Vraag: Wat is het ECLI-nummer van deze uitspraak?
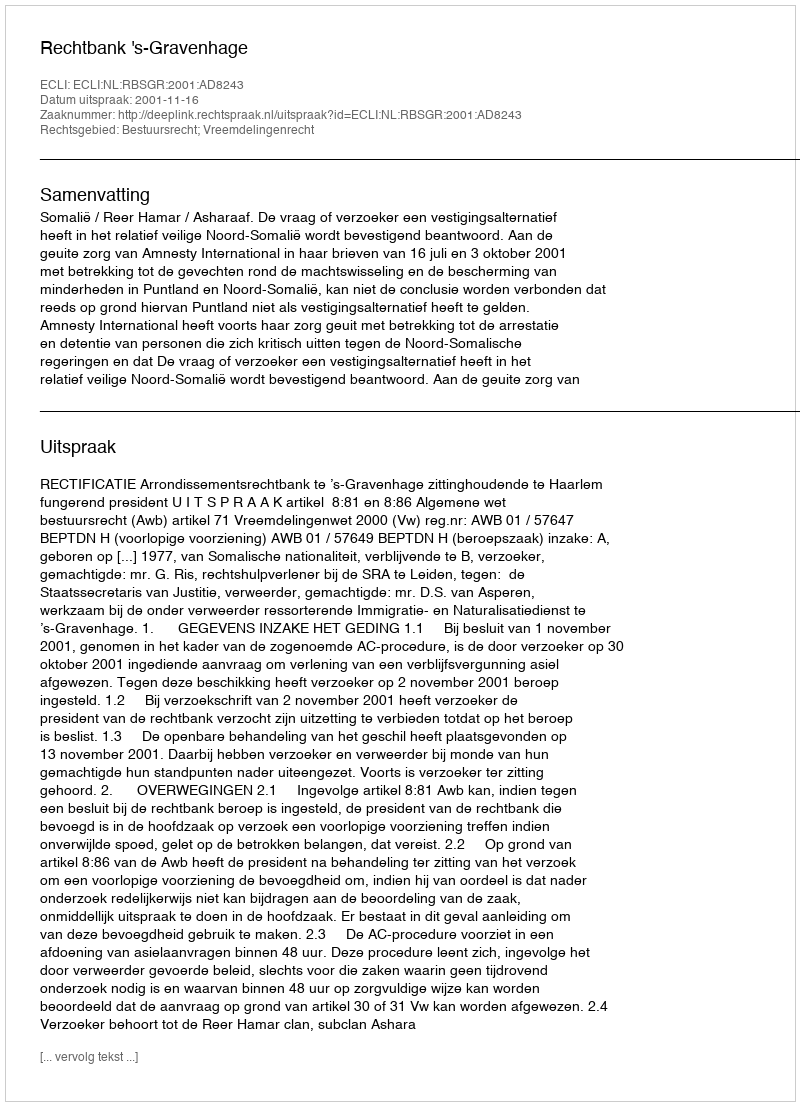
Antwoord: ECLI:NL:RBSGR:2001:AD8243